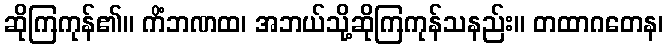
ဆိုကြကုန်၏။ ကိံဘဏထ၊ အဘယ်သို့ဆိုကြကုန်သနည်း။ တထာဂတေန၊